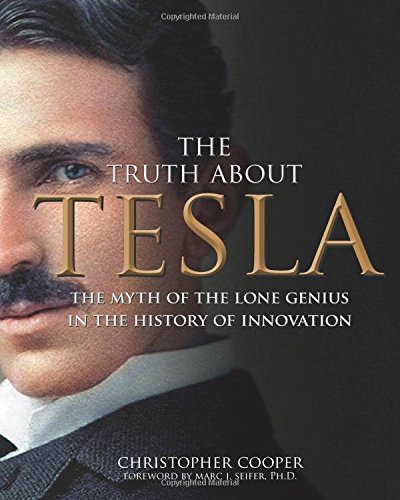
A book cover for The Truth About Tesla: The Myth of the Lone Genius in the History of Innovation; Christopher Cooper; Science & Math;